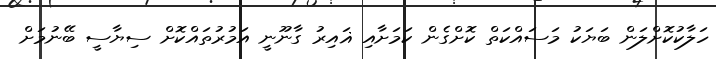
ހަލާކުކޮށްލަން ބަޔަކު މަސައްކަތް ކޮށްގެން ކަމަށާއި ޣައިރު ގާނޫނީ އަމުރުތައްކޮށް ސިޔާސީ ބޭނުމަށް